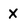
Character: X